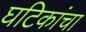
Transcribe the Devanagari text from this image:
घटिकांचा